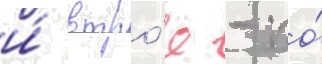
и́ втро́е - по́